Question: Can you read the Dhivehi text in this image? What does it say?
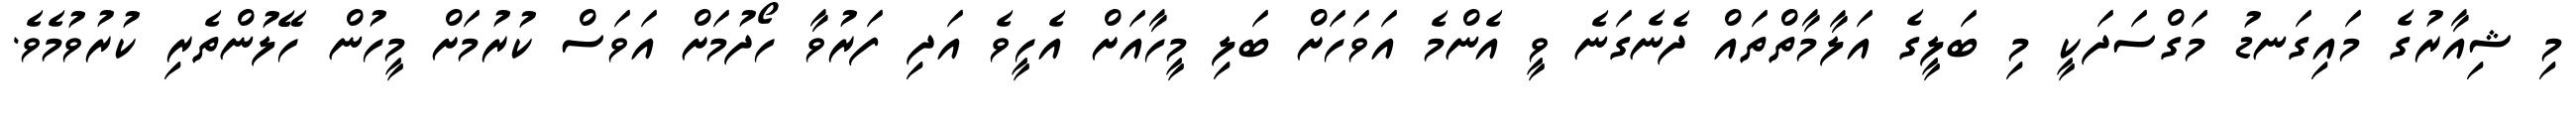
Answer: މި ޝިއާރުގެ މައިގަނޑު މަގްސަދަކީ މި ބަލީގެ އަލާމާތްތައް ދެނެގަނެ ވީ އެންމެ އަވަހަށް ބަލި މީހާއަށް އެހީވެ އަދި ފަރުވާ ހޯދުމަށް އަވަސް ކުރުމަށް މީހުން ހޭލުންތެރި ކުރުވުމެވެ.